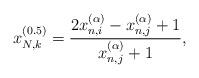
LaTeX: \begin{align*}x_{N,k}^{(0.5)} = \frac{{2x_{n,i}^{(\alpha )} - x_{n,j}^{(\alpha )} + 1}}{{x_{n,j}^{(\alpha )} + 1}},\end{align*}